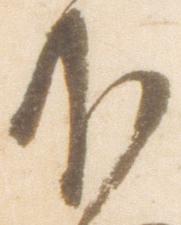
下